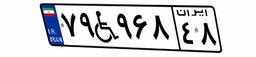
۷۹W۹۶۸۴۸